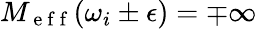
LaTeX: M_{\mathrm{~e~f~f~}}(\omega_{i}\pm\epsilon)=\mp\infty